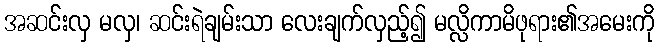
အဆင်းလှ မလှ၊ ဆင်းရဲချမ်းသာ လေးချက်လှည့်၍ မလ္လိကာမိဖုရား၏အမေးကို